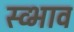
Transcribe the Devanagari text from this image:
स्व्भाव